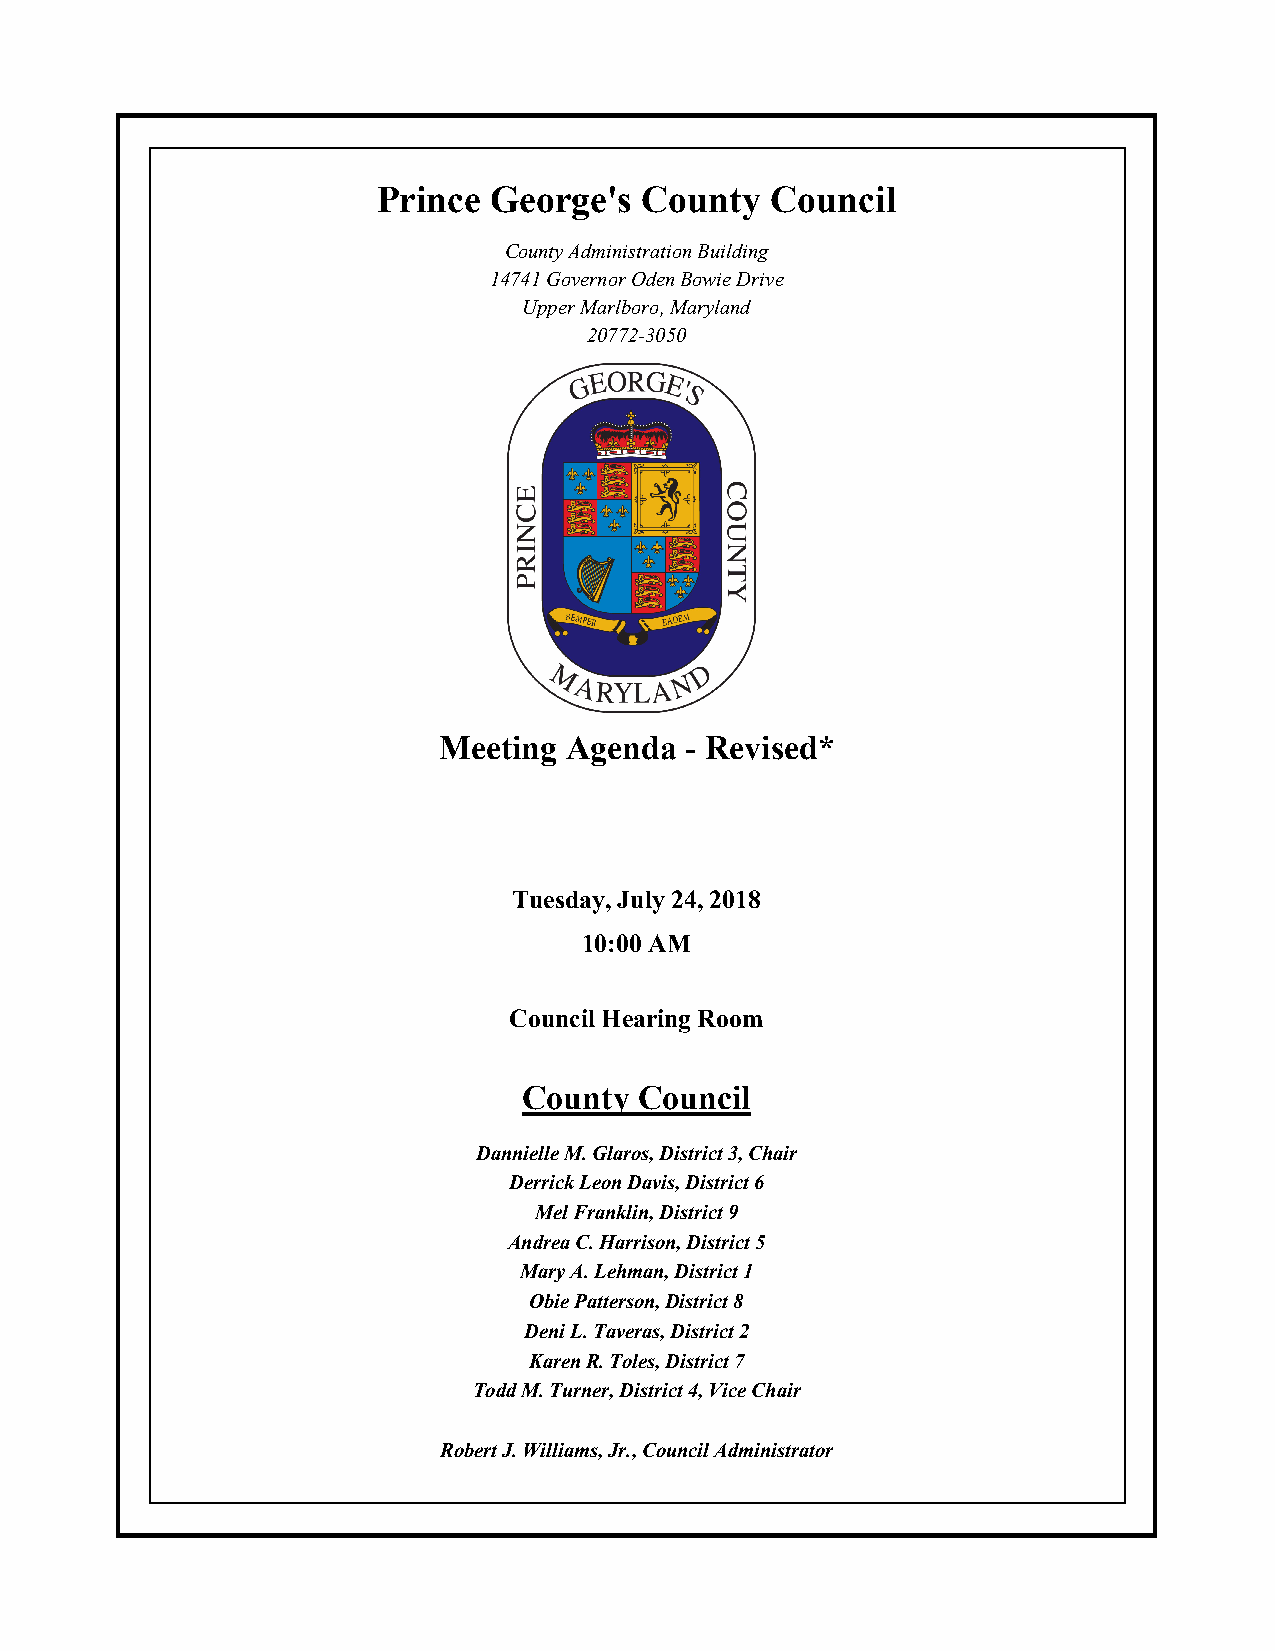
Prince  George's  County  Council
 County Administration Building
 14741 Governor Oden Bowie Drive
 Upper Marlboro, Maryland
 20772-3050
 Meeting Agenda  - Revised*
 Tuesday, July 24, 2018
 10:00 AM
 Council Hearing Room
 County Council
 Dannielle M. Glaros, District 3, Chair
 Derrick Leon Davis, District 6
 Mel Franklin, District 9
 Andrea C. Harrison, District 5
 Mary A. Lehman, District 1
 Obie Patterson, District 8
 Deni L. Taveras, District 2
 Karen R. Toles, District 7
 Todd M. Turner, District 4, Vice Chair
 Robert J. Williams, Jr., Council Administrator